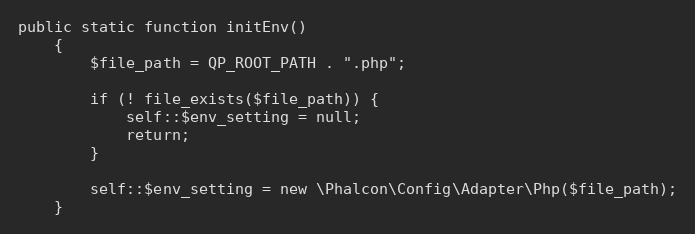
Language: PHP
public static function initEnv()
    {
        $file_path = QP_ROOT_PATH . ".php";

        if (! file_exists($file_path)) {
            self::$env_setting = null;
            return;
        }

        self::$env_setting = new \Phalcon\Config\Adapter\Php($file_path);
    }